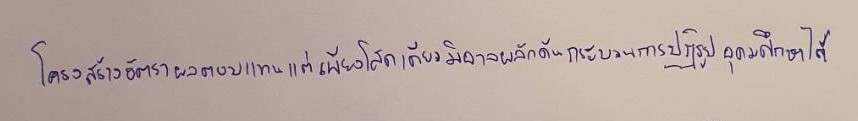
โครงสร้างอัตราผลตอบแทนแต่เพียงโสดเดียวมิอาจผลักดันกระบวนการปฏิรูปอุดมศึกษาได้